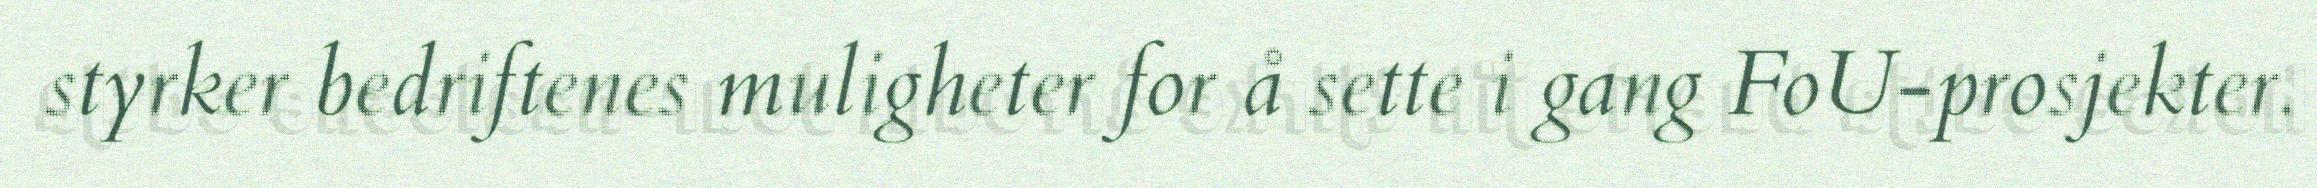
styrker bedriftenes muligheter for å sette i gang FoU-prosjekter.